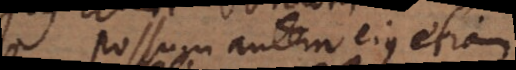
Possum autem ejus etiam